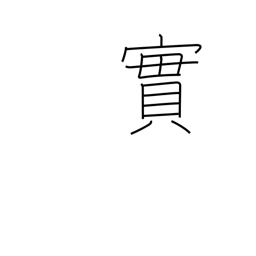
Meaning: truth